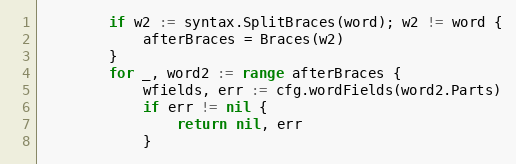
Language: Go
		if w2 := syntax.SplitBraces(word); w2 != word {
			afterBraces = Braces(w2)
		}
		for _, word2 := range afterBraces {
			wfields, err := cfg.wordFields(word2.Parts)
			if err != nil {
				return nil, err
			}